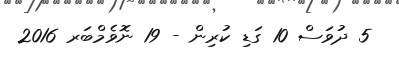
5 ދުވަސް 10 ގަޑި ކުރިން - 19 ނޮވެމްބަރ 2016